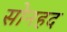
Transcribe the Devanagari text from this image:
सोनहद